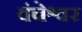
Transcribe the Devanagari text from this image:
वंचेश्वर